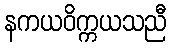
နကယဝိက္ကယသညီ